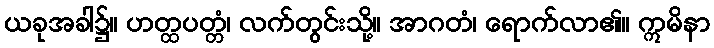
ယခုအခါ၌။ ဟတ္ထပတ္တံ၊ လက်တွင်းသို့။ အာဂတံ၊ ရောက်လာ၏။ ဣမိနာ